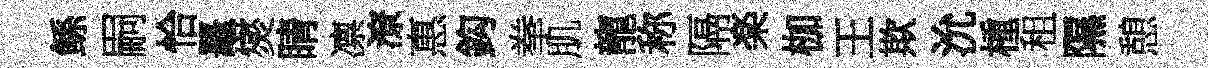
鲧嗣恰鼉爕睛凛潦惠鈎拳肌龍称隔楽枷王欺沇㮔租隰憩